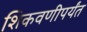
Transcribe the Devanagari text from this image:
शिकवणीपर्यंत